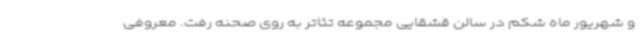
و شهریور ماه شکم در سالن قشقایی مجموعه‌ تئاتر به روی صحنه رفت. معروفی